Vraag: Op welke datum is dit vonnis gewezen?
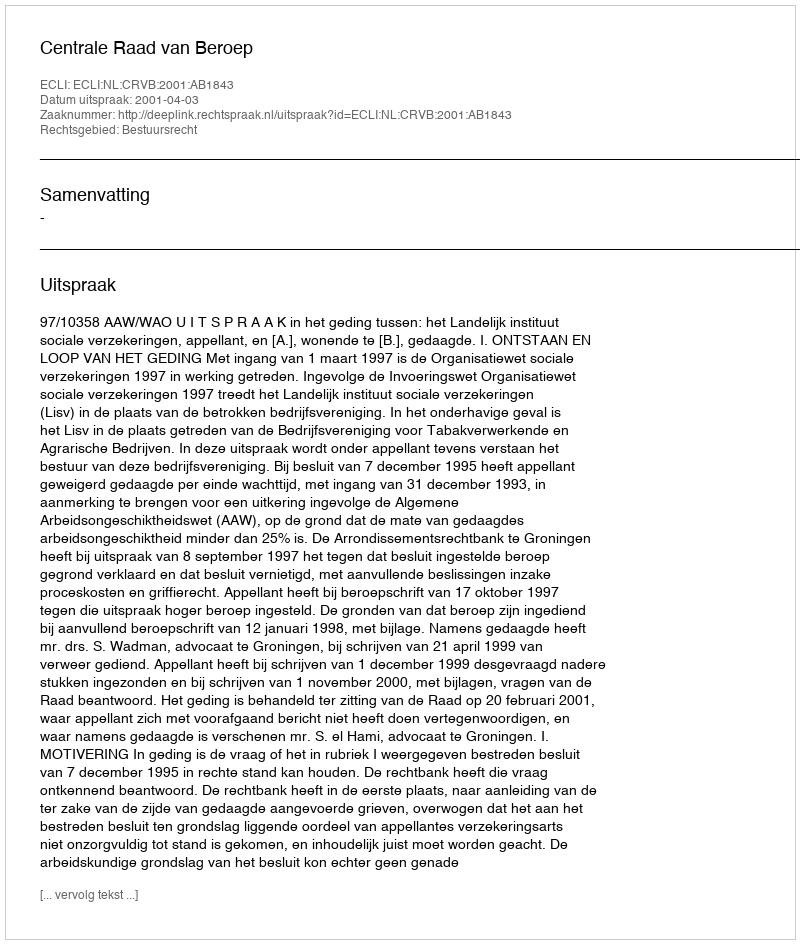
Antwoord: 2001-04-03